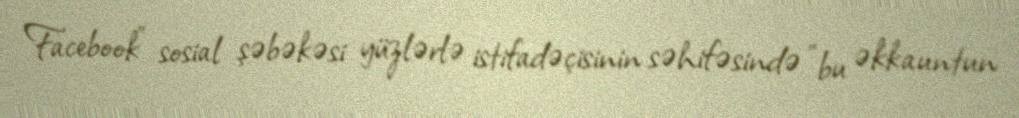
Facebook" sosial şəbəkəsi yüzlərlə istifadəçisinin səhifəsində "bu əkkauntun